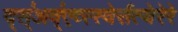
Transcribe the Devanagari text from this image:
द्स्॑अव्॑एव्स्स्वेर्सत्येरेरे